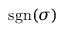
\operatorname { s g n } ( \sigma )